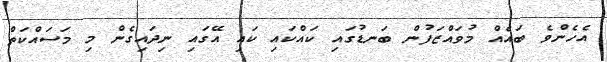
އެހެންވެ ބައެއް މުވައްޒަފުން ބަނޑުގައި ކައްކައި ކައި އޭގައި ނިދައިގެން މި މަސައްކަތް